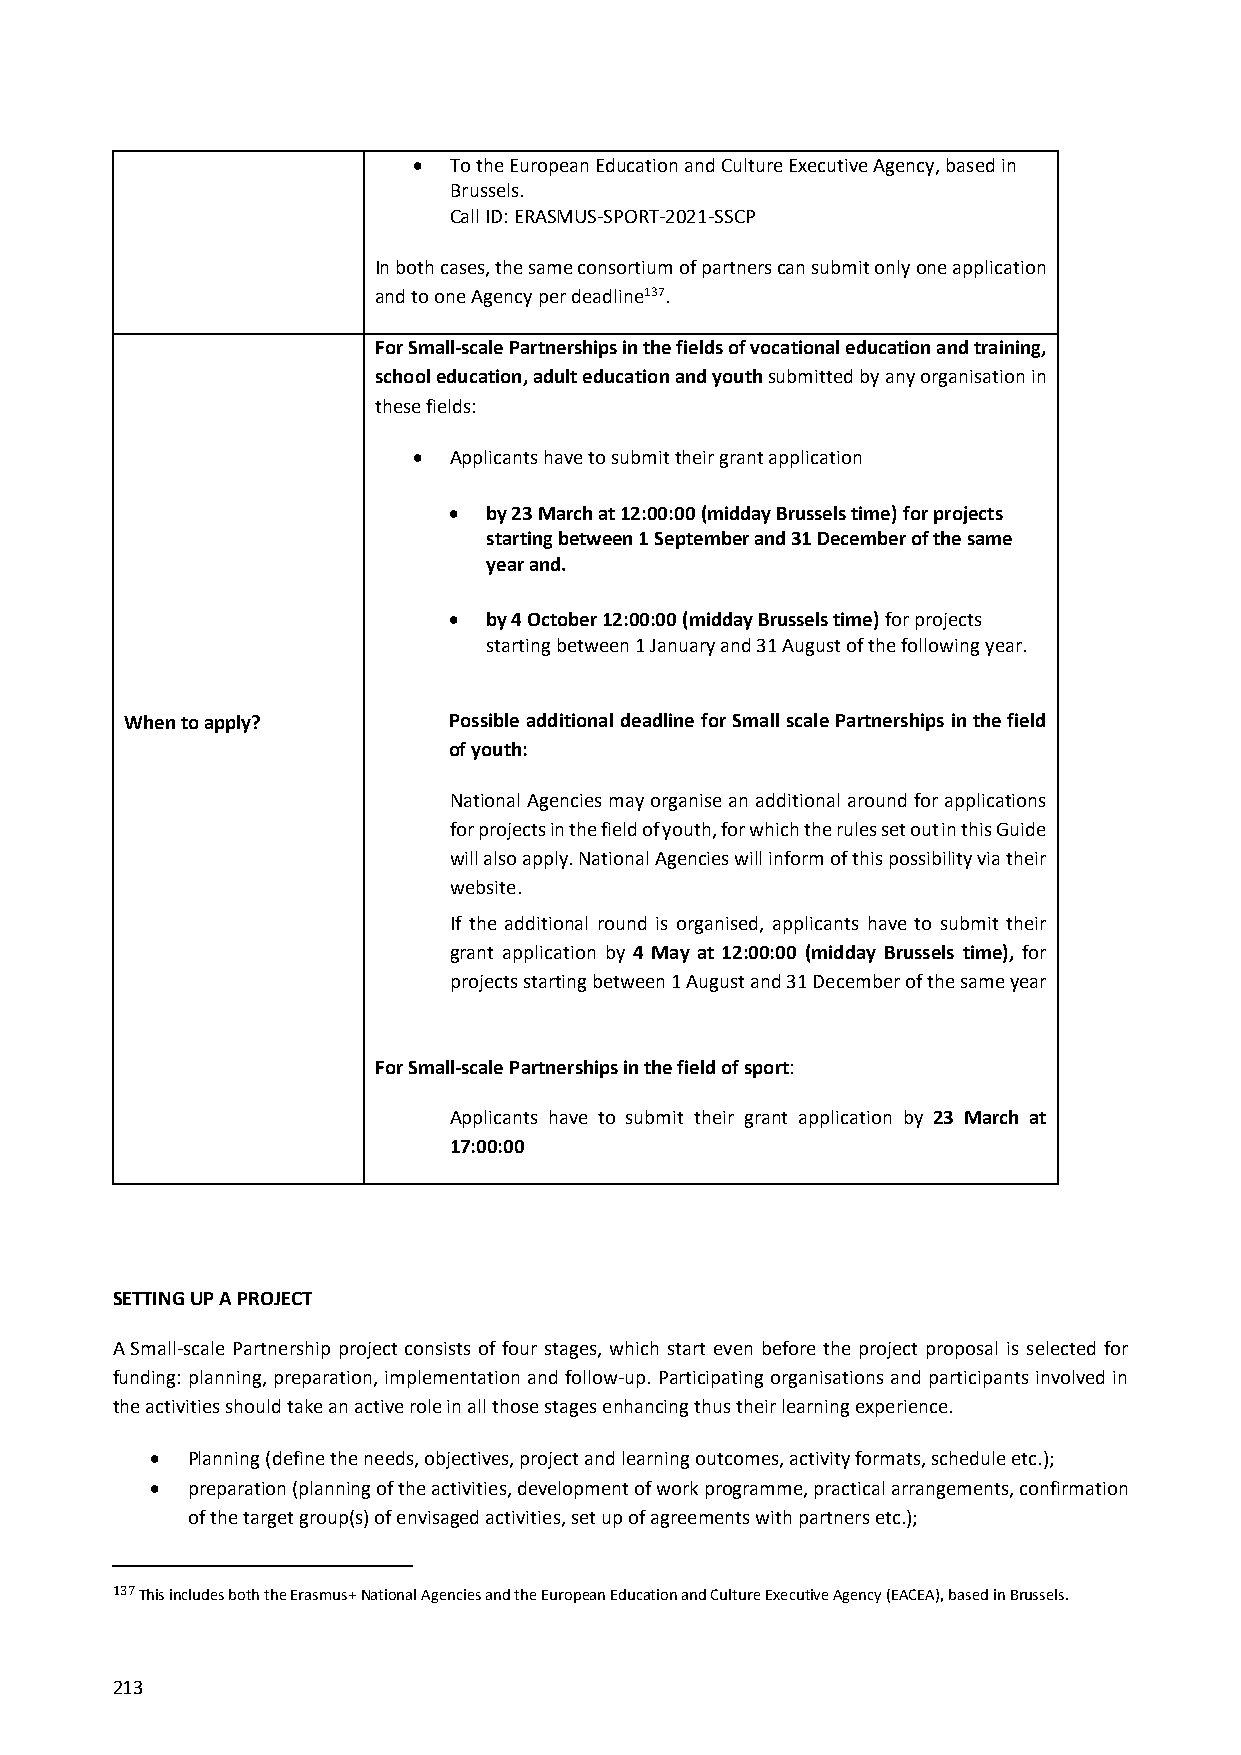
  To the European Education and Culture Executive Agency, based in
 Brussels.
 Call ID: ERASMUS‐SPORT‐2021‐SSCP
 In both cases, the same consortium of partners can submit only one application
 and to one Agency per deadline137.
 For Small‐scale Partnerships in the fields of vocational education and training,
 school education, adult education and youth submitted by any organisation in
 these fields:
   Applicants have to submit their grant application
  by 23 March at 12:00:00 (midday Brussels time) for projects
 starting between 1 September and 31 December of the same
 year and.
  by 4 October 12:00:00 (midday Brussels time) for projects
 starting between 1 January and 31 August of the following year.
 When to apply?        Possible additional deadline for Small scale Partnerships in the field
 of youth:
 National Agencies may organise an additional around for applications
 for projects in the field of youth, for which the rules set out in this Guide
 will also apply. National Agencies will inform of this possibility via their
 website.
 If the additional round is organised, applicants have to submit their
 grant application by 4 May at 12:00:00 (midday Brussels time), for
 projects starting between 1 August and 31 December of the same year
 For Small‐scale Partnerships in the field of sport:
 Applicants have to submit their grant application by 23 March at
 17:00:00
 SETTING UP A PROJECT
 A Small‐scale Partnership project consists of four stages, which start even before the project proposal is selected for
 funding: planning, preparation, implementation and follow‐up. Participating organisations and participants involved in
 the activities should take an active role in all those stages enhancing thus their learning experience.
  Planning (define the needs, objectives, project and learning outcomes, activity formats, schedule etc.);
  preparation (planning of the activities, development of work programme, practical arrangements, confirmation
 of the target group(s) of envisaged activities, set up of agreements with partners etc.);
 137 This includes both the Erasmus+ National Agencies and the European Education and Culture Executive Agency (EACEA), based in Brussels.
 213